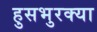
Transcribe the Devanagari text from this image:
हुसभुरक्या